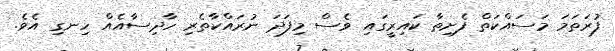
ފުރަތަމަ މަސައްކަތް ފެށިތާ ކައިރީގައި ވެސް މިފަދަ ނުރައްކާތެރި ހާދިސާއެއް ހިނގި އެވެ.